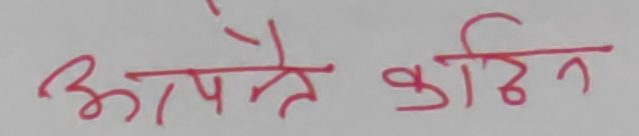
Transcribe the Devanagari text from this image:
आपने कठिन